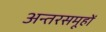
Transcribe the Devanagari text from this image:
अन्तरसमूहों